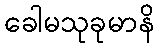
ခေါမသုခုမာနိ